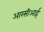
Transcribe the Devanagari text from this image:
आरसीआई